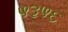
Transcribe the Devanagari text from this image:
५३५६